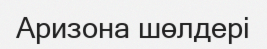
Аризона шөлдері